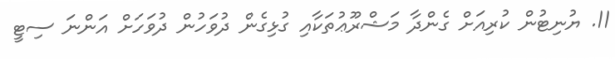
11. ޔުނިޓުން ކުރިއަށް ގެންދާ މަޝްރޫޢުތަކާއި ގުޅިގެން ދުވަހުން ދުވަހަށް އަންނަ ސިޓީ